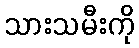
သားသမီးကို